Vaccination returns of the Province of Eastern Bengal and Assam - 1905-1912
Year: 1905
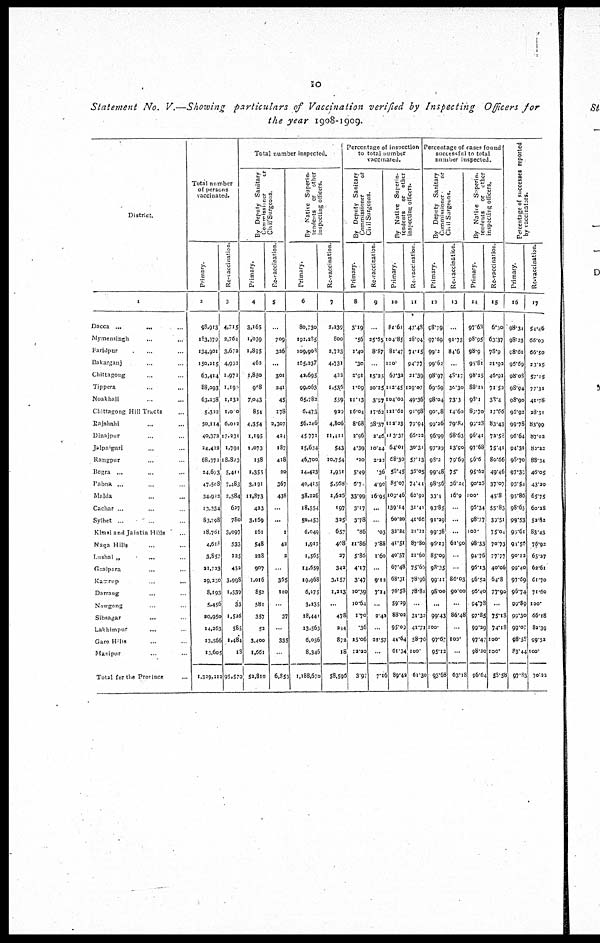
10
Statement No. V.—Showing particulars of Vaccination verified by Inspecting Officers for
the year 1908-1909.
District.
1
Dacca ...
... ...
Mymensingh ... ...
Faridpur ... ...
Bakarganj ... ...
Chittagong ... ...
Tippera ... ...
Noakhali ... ...
Chittagong Hill tracts ...
Rajshahi ... ...
Dinajpur ... ...
Jalpaiguri ... ...
Rangpur ... ...
Bogra ... ...
Pabna ... ...
Malda ... ...
Cachar ... ...
Sylhet ... ...
Khasi and Jaintia Hiils ...
Naga Hills ... ...
Lushai „
...
...
Goalpara ... ...
Kamrup
...
...
Darrang
... ...
Nowgong ... ...
Sibsagar ... ...
Lakhimpur
... ...
Garo Hills ... ...
Manipur ... ...
Total for the Province ...
Total number
of persons
vaccinated.
Primary.
2
98,913
183,379
134,901
150,215
63,414
88,093
63,238
5,322
50,114
40,372
24,422
68,372
24,673
47,508
34,912
13,234
83,708
18,761
4,618
3,857
21,723
29,230
8,193
5,456
20,950
14,263
13,566
13,605
1,329,212
Re-vaccination.
3
4,715
2,764
3,672
4,993
1,972
1,190
1,132
1,000
6,012
17,231
1,791
18,823
5,411
7,483
2,584
627
780
3,097
533
125
452
3,998
1,539
33
1,526
585
1,484
18
95,579
Total number inspected.
By Deputy Salutary
Commissioner
or
Civil Surgeons.
Primary.
4
3,165
1,039
1,895
463
1,850
968
7,043
854
4,354
1,195
1,073
138
1,355
3,191
11,873
423
3,169
161
548
228
907
1,016
853
581
357
52
3,400
1,661
52,810
Re-vaccination.
5
...
709
326
...
301
241
45
178
2,307
424
187
418
20
367
438
...
...
1
42
2
...
365
110
...
37
...
335
...
6,853
By Native Superin-
tendents or other
inspecting officers.
Primary.
6
80,730
192,285
109,908
165,237
42,695
99,063
65,782
6,473
56,246
45,771
15,634
46,700
14,423
40,415
38,226
18,554
50,453
6,049
1,917
1,565
14,659
19,968
6,175
3,235
18,441
13,563
6,056
8,346
1,188,670
Re-vaccination
7
2,239
800
2,723
4,731
422
1,536
559
929
4,806
11,411
543
10,754
1,951
5,568
1,626
197
325
657
408
27
342
3,157
1,213
...
478
244
872
18
58,596
Percentage of inspection
to total number
vaccinated.
By Deputy Sanitary
Commissioner
or
Civil Surgeons.
Primary.
8
3.19
.56
1.40
.30
2.91
1.09
11.13
16.04
8.68
2.96
4.39
.20
5.49
6.7
33.99
3.17
3.78
.86
11.86
5.86
4.17
3.47
10.39
10.64
1.70
.36
25.06
12.20
3.97
Re-vaccination.
9
...
25.65
8.87
...
15.25
20.25
3.97
17.63
38.37
2.46
10.44
2.22
.36
4.90
16.95
...
...
.03
7.88
1.60
...
9.12
7.14
...
2.42
...
22.57
...
7.16
By Native Superin-
tendents or other
inspection officers.
Primary.
10
81.61
104.85
81.47
110.
67.32
112.45
104.02
121.62
112.23
113.37
64.01
68.30
58.45
85.07
109.46
139.14
60.20
32.24
41.51
40.57
67.48
68.31
76.53
59.29
88.02
95.09
44.64
61.34
89.42
Re-vaccination.
11
47.48
28.94
74.15
94.77
21.39
129.07
49.36
91.98
79.94
66.22
30.31
57.13
36.05
74.41
62.92
31.41
41.66
21.21
87.80
21.60
75.66
78.96
78.81
...
31.32
41.71
58.76
100.
61.30
Percentage of cases found
successful to total
number inspected.
By Deputy Sanitary
Commissioner
or
Civil Surgeons.
Primary.
12
98.79
97.69
99.2
99.62
98.97
69.69
98.04
90.98
99.26
96.99
97.29
98.2
99.48
98.56
33.4
93.85
91.29
99.38
96.17
85.09
98.35
99.11
98.00
...
99.43
100.
97.67
95.12
93.68
Re-vaccination.
13
...
91.73
84.6
...
48.17
30.30
73.3
14.60
79.84
68.63
13.90
79.69
75.
36.24
16.9
...
...
...
61.90
...
...
86.03
90.00
...
86.46
...
100.
...
63.18
By Native Superin¬
tendents or other
inspecting officers.
Primary.
14
97.63
98.95
98.9
95.81
98.25
88.11
93.1
87.70
99.28
96.41
97.68
96.6
95.62
90.26
100.
96.34
98.77
100.
98.33
94.76
96.13
96.52
96.40
94.78
97.85
99.29
97.47
98.20
96.64
Re-vaccination.
15
6.30
63.37
78.9
21.93
46.01
71.52
38.4
17.66
83.43
72.53
75.41
80.66
49.46
37.07
45.8
55.83
39.51
75.04
70.73
77.77
40.06
64.8
77.90
...
75.18
74.18
100.
100.
58.58
Percentage of successes reported
by vaccinators.
Primary.
16
98.34
98.23
98.61
96.69
98.08
98.94
98.90
96.92
99.78
96.64
94.31
98.70
97.32
93.54
95.86
98.65
99.53
95.61
91.56
90.12
99.40
97.69
96.74
99.89
99.30
99.07
98.58
83.44
97.83
Re-vaccination.
17
54.46
66.07
66.50
23.25
57.15
77.31
41.78
28.31
83.99
87.02
82.22
88.34
46.05
43.20
65.75
60.28
52.82
83.43
76.92
65.27
62.61
61.70
71.60
100.
66.18
82.39
99.52
100.
70.22